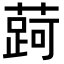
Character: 𬞐